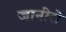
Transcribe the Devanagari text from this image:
जानीरो